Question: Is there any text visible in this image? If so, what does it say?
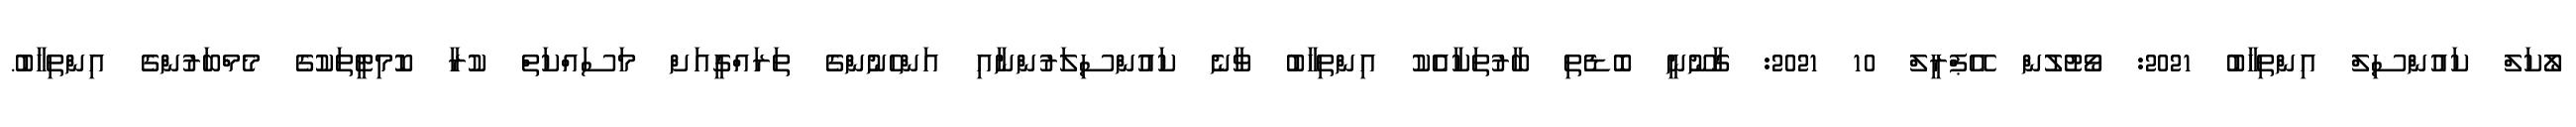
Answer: ލޯކަލް ކައުންސިލް އިންތިހާބު 2021: ވޯޓުލުން އޭޕްރީލް 10 2021: ގާނޫނީ ބޮޑެތި ބާރުތަކާއެެކު އިންތިހާބު ވާނެ ކައުންސިލަރުންނާއި އަންހެނުންގެ ތަރައްގީއަށް މަސައްކަތް ކުރާ ކޮމިޓީތަކުގެ މެމްބަރުންގެ އިންތިހާބު.